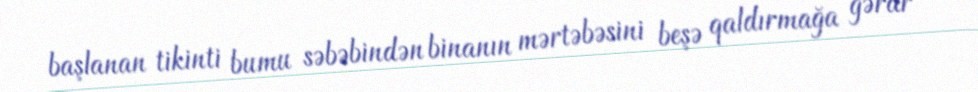
başlanan tikinti bumu səbəbindən binanın mərtəbəsini beşə qaldırmağa gərar